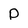
Character: P